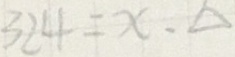
3 2 4 = x 、 \Delta